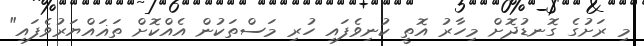
މި ރަށުގެ ގޮނޑުދޮށް މިހާރު އޮތީ ކުނިވެފައި ހުރި މަސްތަކުން އެއްކޮށް ތަޣައްޔަރުވެފައި"